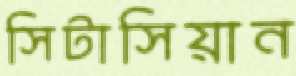
সিটাসিয়ান